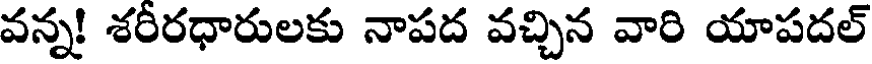
వన్న! శరీరధారులకు నాపద వచ్చిన వారి యాపదల్